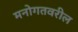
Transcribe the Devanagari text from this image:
मनोगतवरील